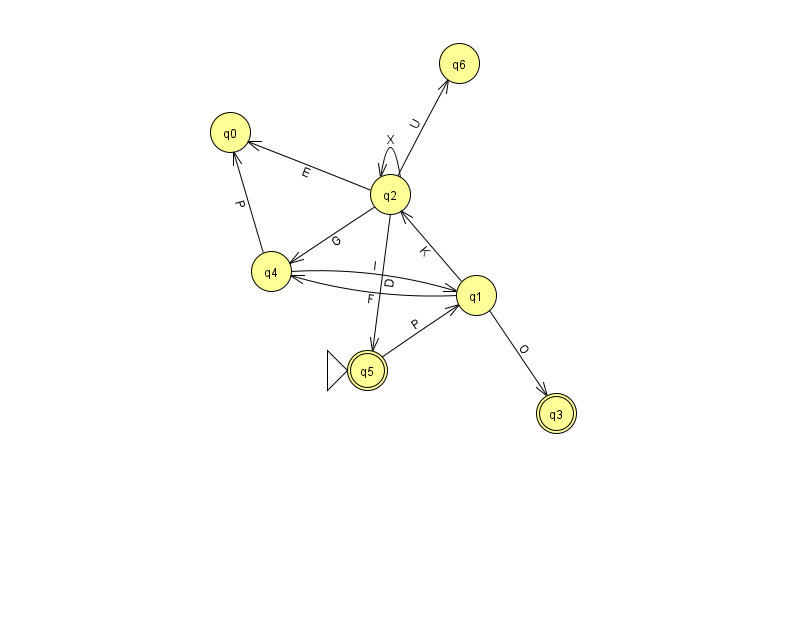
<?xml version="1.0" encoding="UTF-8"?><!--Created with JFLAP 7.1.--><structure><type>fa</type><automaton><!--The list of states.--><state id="0" name="q0"><x>230.0</x><y>119.0</y></state><state id="1" name="q1"><x>476.0</x><y>282.0</y></state><state id="2" name="q2"><x>390.0</x><y>181.0</y></state><state id="3" name="q3"><x>556.0</x><y>400.0</y><final/></state><state id="4" name="q4"><x>271.0</x><y>258.0</y></state><state id="5" name="q5"><x>367.0</x><y>357.0</y><initial/><final/></state><state id="6" name="q6"><x>459.0</x><y>50.0</y></state><!--The list of transitions.--><transition><from>1</from><to>2</to><read>K</read></transition><transition><from>2</from><to>6</to><read>U</read></transition><transition><from>1</from><to>3</to><read>O</read></transition><transition><from>2</from><to>0</to><read>E</read></transition><transition><from>5</from><to>1</to><read>P</read></transition><transition><from>1</from><to>4</to><read>F</read></transition><transition><from>2</from><to>2</to><read>X</read></transition><transition><from>2</from><to>5</to><read>D</read></transition><transition><from>4</from><to>0</to><read>P</read></transition><transition><from>2</from><to>4</to><read>G</read></transition><transition><from>4</from><to>1</to><read>l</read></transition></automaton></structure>